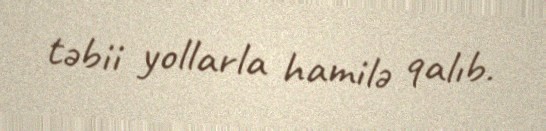
təbii yollarla hamilə qalıb.